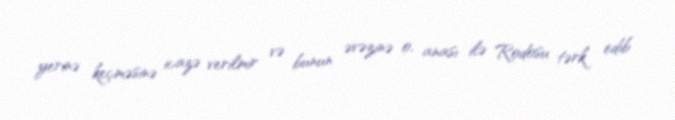
yerinə keçməsinə icazə verilmir və bunun əvəzinə o, anası ilə Rodosu tərk edib